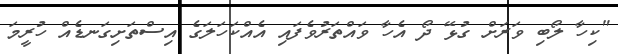
"ކިހާ ލޯބި ވަރަށް ގުޅޭ ދޯ އެހާ ވައްތަރުވެފައި އެއްކަހަލަގެ އިސްތަށިގަނޑެއް ހުރީމަ